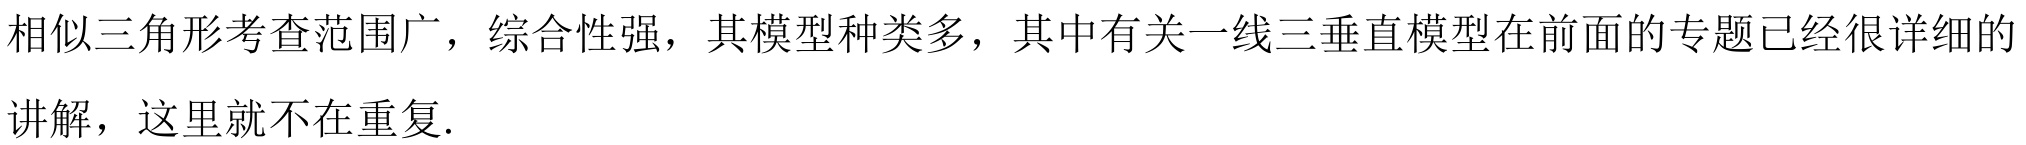
相似三角形考查范围广，综合性强，其模型种类多，其中有关一线三垂直模型在前面的专题已经很详细的讲解，这里就不在重复.